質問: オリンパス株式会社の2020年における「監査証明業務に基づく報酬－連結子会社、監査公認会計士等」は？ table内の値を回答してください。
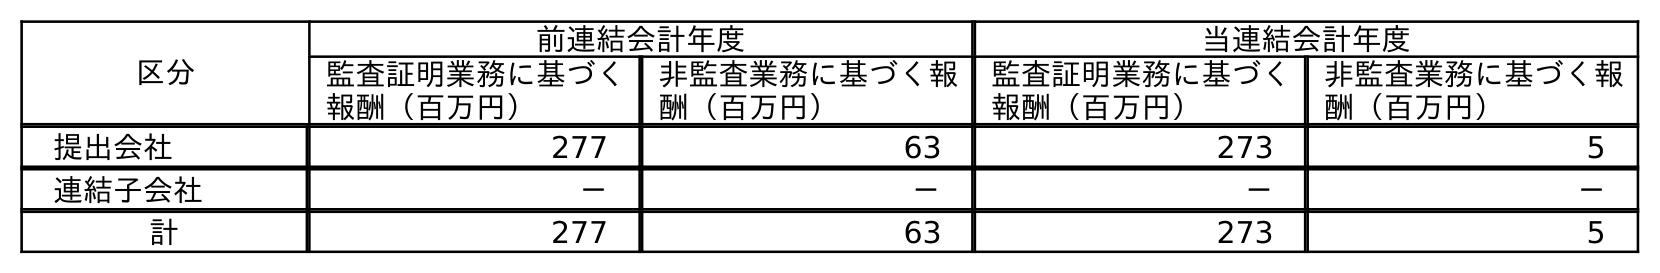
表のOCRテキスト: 区分 前連結会計年度 当連結会計年度 監査証明業務に基づく 報酬（百万円） 非監査業務に基づく報 酬（百万円） 監査証明業務に基づく 報酬（百万円） 非監査業務に基づく報 酬（百万円） 提出会社 277 63 273 5 連結子会社 － － － － 計 277 63 273 5
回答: －